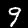
Label: 9